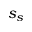
s _ { s }